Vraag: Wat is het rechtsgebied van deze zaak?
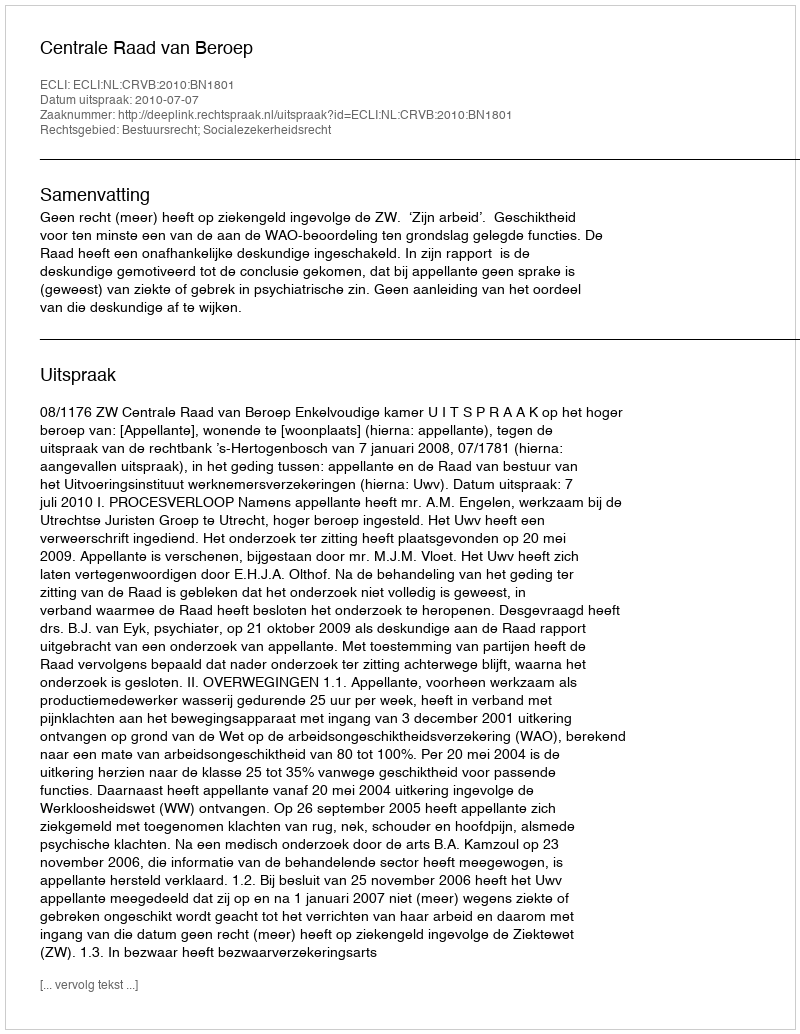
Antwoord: Bestuursrecht; Socialezekerheidsrecht